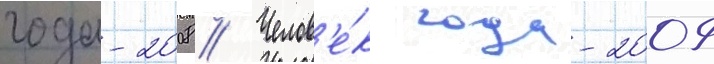
года-2008 // Челов'е́к года-2009